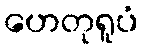
ဟေတုရူပံ